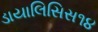
ડાયાલિસિસ૧૪